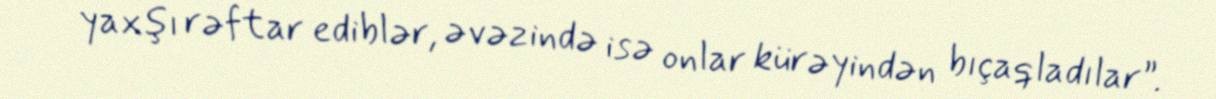
yaxşı rəftar ediblər, əvəzində isə onlar kürəyindən bıçaqladılar”.